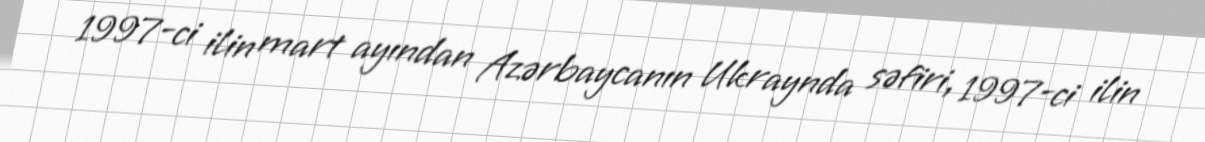
1997-ci ilin mart ayından Azərbaycanın Ukraynda səfiri, 1997-ci ilin